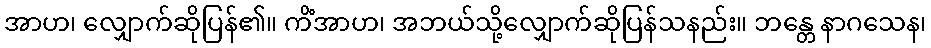
အာဟ၊ လျှောက်ဆိုပြန်၏။ ကိံအာဟ၊ အဘယ်သို့လျှောက်ဆိုပြန်သနည်း။ ဘန္တေ နာဂသေန၊